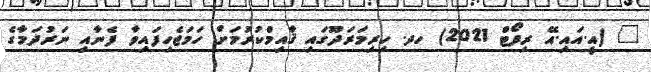
_ (އީ.އައި.އޭ ރިފޯޓް 2021) ހދ. ހިރިމަރަދޫގައި ޤާއިމްކުރުމަށް ހަމަޖެހިފައިވާ ފެނާއި ނަރުދަމާގެ